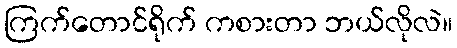
ကြက်တောင်ရိုက် ကစားတာ ဘယ်လိုလဲ။